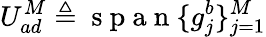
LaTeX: U_{ad}^{M}\triangleq\mathrm{~s~p~a~n~}\{ g_{j}^{b}\} _{j=1}^{M}